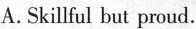
A.Skillful but proud.